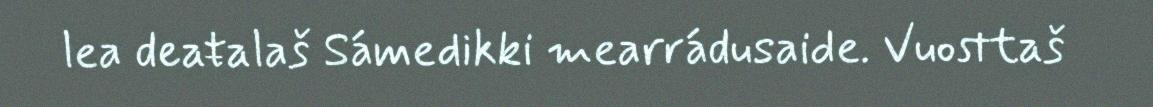
lea deaŧalaš Sámedikki mearrádusaide. Vuosttaš